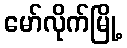
မော်လိုက်မြို့